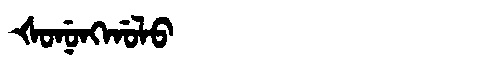
Manchu: ᡧᠣᠨᡠᠩᡤᠣᠯᠣ
Romanization: ŠONUNGGOLO